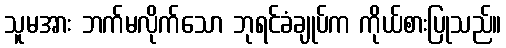
သူမအား ဘက်မလိုက်သော ဘုရင်ခံချုပ်က ကိုယ်စားပြုသည်။